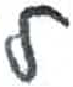
אות: ל